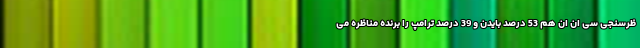
ظرسنجی سی ان ان هم 53 درصد بایدن و 39 درصد ترامپ را برنده مناظره می